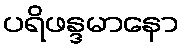
ပရိဖန္ဒမာနော